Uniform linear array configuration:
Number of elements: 12
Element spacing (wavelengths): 0.75
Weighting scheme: uniform
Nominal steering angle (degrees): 60
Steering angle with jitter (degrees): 58.522
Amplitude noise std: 0.05
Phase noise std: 0.05

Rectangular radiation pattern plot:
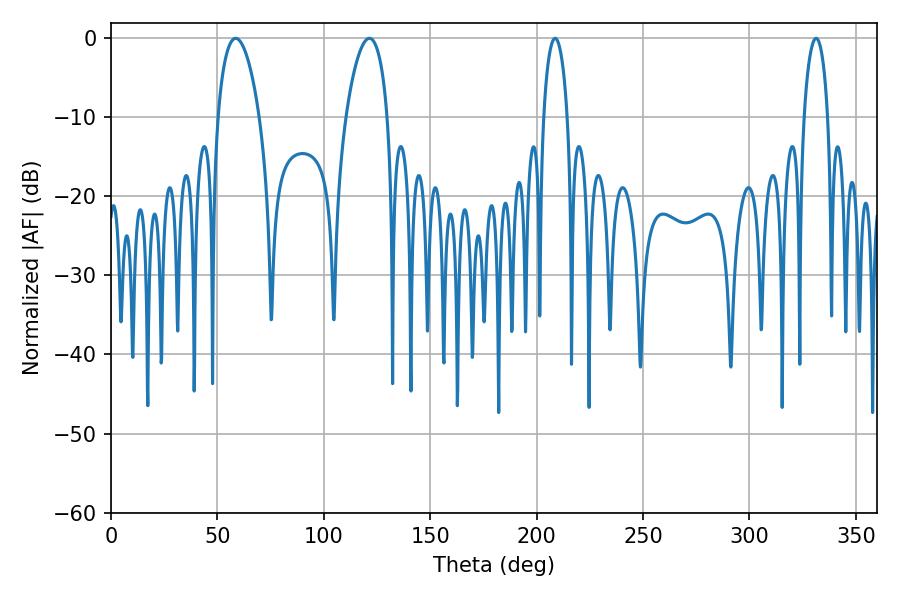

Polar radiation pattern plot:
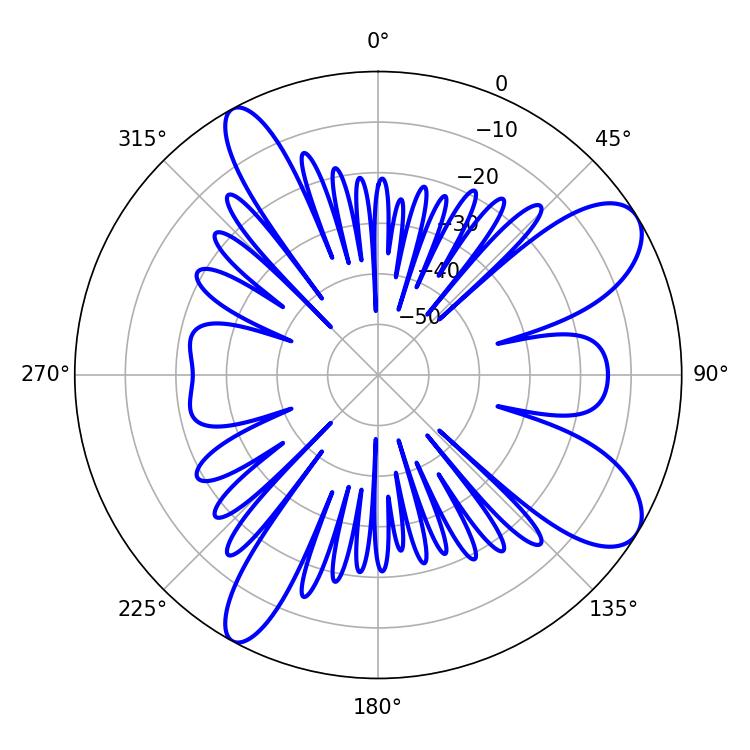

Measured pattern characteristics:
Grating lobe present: TRUE
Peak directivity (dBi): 9.238
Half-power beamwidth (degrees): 11.16
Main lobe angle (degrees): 58.5